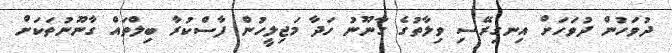
ދުވަހުން ދުވަހަށް އިނގިރޭސި ވިލާތުގެ ގާނޫނު ހަދާ މަޖިލީހުން ފާސްކުރާ ބިލްތައް ގާނޫނުތަކަށް